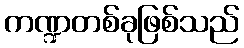
ကဏ္ဍတစ်ခုဖြစ်သည်